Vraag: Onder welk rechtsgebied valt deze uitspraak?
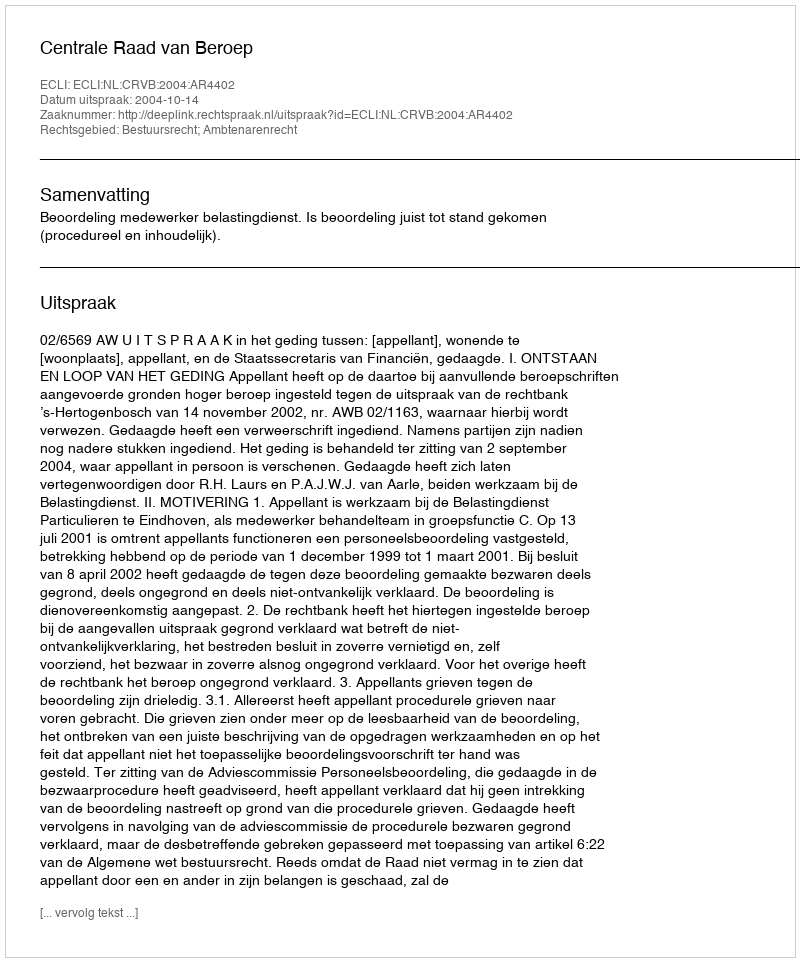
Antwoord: Bestuursrecht; Ambtenarenrecht